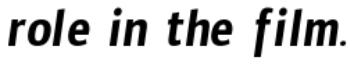
role in the film.